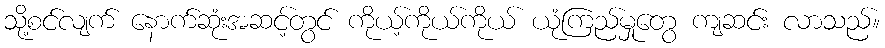
သို့စင်လျက် နောက်ဆုံးအဆင့်တွင် ကိုယ့်ကိုယ်ကိုယ် ယုံကြည်မှုတွေ ကျဆင်း လာသည်။